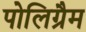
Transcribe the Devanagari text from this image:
पोलिग्रैम